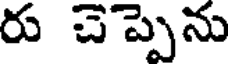
రు చెప్పెను